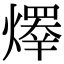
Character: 𤏵